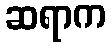
ဆရာက